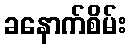
ခနောက်စိမ်း